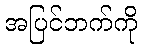
အပြင်ဘက်ကို